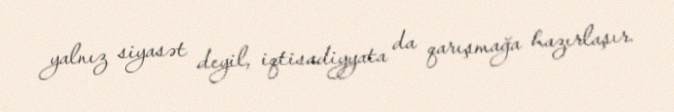
yalnız siyasət deyil, iqtisadiyyata da qarışmağa hazırlaşır.